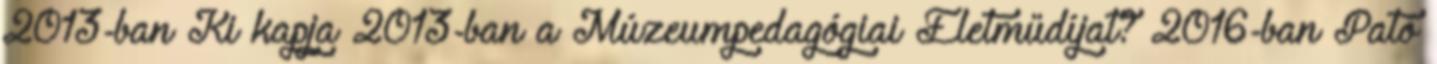
2013-ban Ki kapja 2013-ban a Múzeumpedagógiai Életműdíjat? 2016-ban Pató